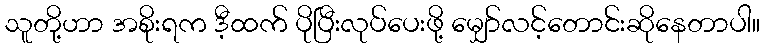
သူတို့ဟာ အစိုးရက ဒီ့ထက် ပိုပြီးလုပ်ပေးဖို့ မျှော်လင့်တောင်းဆိုနေတာပါ။